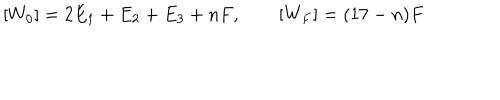
[ W _ { 0 } ] = 2 E _ { 1 } + E _ { 2 } + E _ { 3 } + n F , \qquad [ W _ { F } ] = ( 1 7 - n ) F